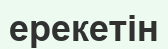
ерекетін